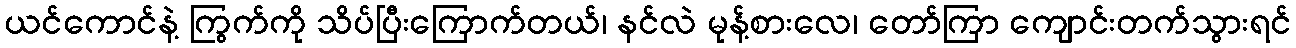
ယင်ကောင်နဲ့ ကြွက်ကို သိပ်ပြီးကြောက်တယ်၊ နင်လဲ မုန့်စားလေ၊ တော်ကြာ ကျောင်းတက်သွားရင်